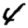
Digit: 4